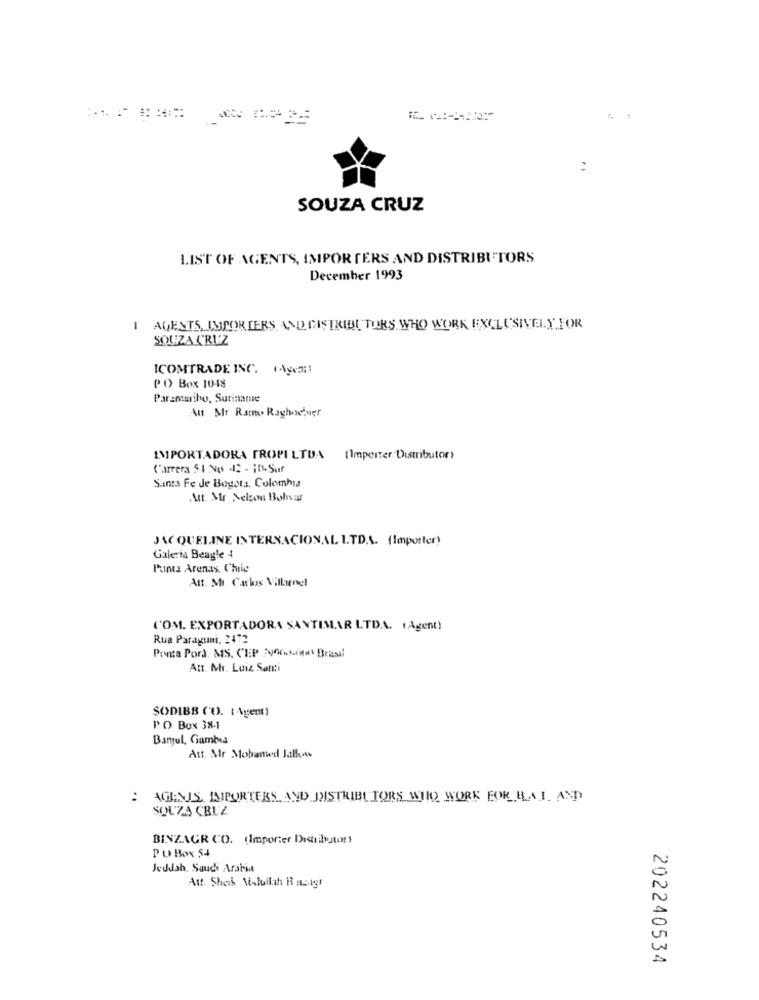
SOUZA CRUZ
LIST OF AGENTS, IMPORTERS AND DISTRIBUTORS
December 1993
AGENTS, IMPORTERS AND DISTRIBUTORS WHO WORK EXCLUSIVELY FOR
SOUZA CRUZ
ICOMTRADE INC. (Agea:1
PO Box 1048
Parantariho, Suriname
Au Mr Ramo Raghodser
IMPORTADORA TROPI LTDA (Importer:Distributor)
Carrera 51 No 42 - ¡ n. Sur
Santa Fe Je Bogota, Colombia
Att. Mr Nelson Bolsas
JACQUELINE INTERNACIONAL I.T.D.S. (Importer)
Galeria Beagle 4
Punta Arenas. Chie
Att. MI Carlos Villamnel
('OM. EXPORTADORA SANTIMAR LTD.A. (Agent)
Rua Paragumi. 2472
Punta Pora. MS. CEP FUCKMix Brasil
Att. Mr. Luiz Sotti
SODIBB ('O). ( Agent)
PO Box 38-1
Banjul, Gambia
Att. Alr Mohamed Jallow
AGEMIS, JAIPURTERS AND DISTRIBUTORS WHO WORK FOR BLAL. AND
SOUZA CBLZ
BINZAGR CO. (Importer Distributors
POBox 54
Jeddah. Saudi Arabia
Att. Shek Maluilah B satyr
202240534